Note on the mental hospitals in Burma - 1925-1940
Year: 1925
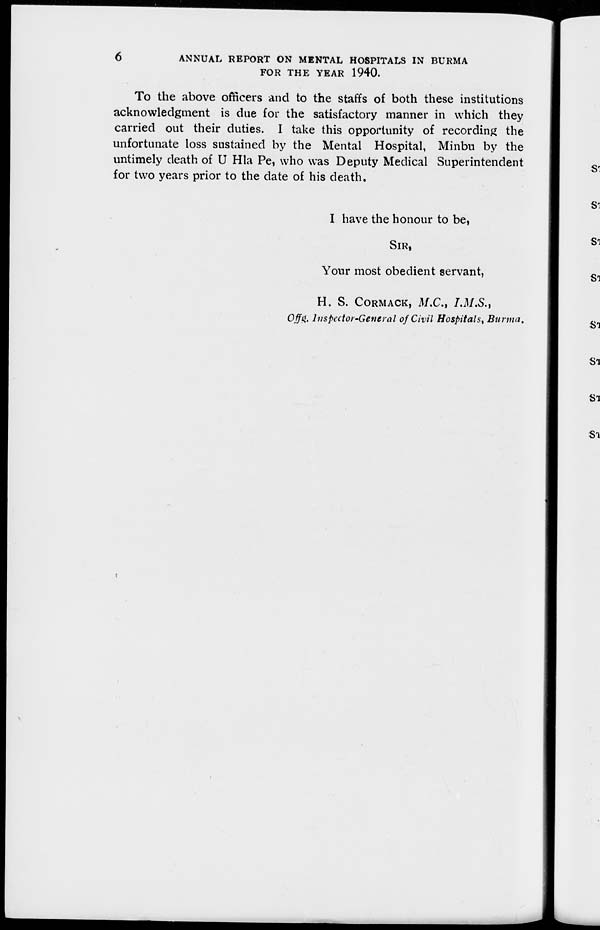
6
ANNUAL REPORT ON MENTAL HOSPITALS IN BURMA
FOR THE YEAR 1940.
To the above officers and to the staffs of both these institutions
acknowledgment is due for the satisfactory manner in which they
carried out their duties. I take this opportunity of recording the
unfortunate loss sustained by the Mental Hospital, Minbu by the
untimely death of U Hla Pe, who was Deputy Medical Superintendent
for two years prior to the date of his death.
I have the honour to be,
SIR,
Your most obedient servant,
H. S. CORMACK, M.C., I.M.S.,
Offg. Inspector-General of Civil Hospitals, Burma.